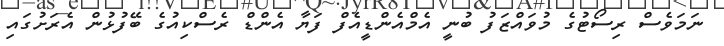
ނަމަވެސް ރިސޯޓުގެ މުވައްޒަފު ބުނީ އެމްއެންޑީއެފް ފަޔާ އެންޑް ރެސްކިއުގެ ބޭފުޅުން އެރަށުގައި